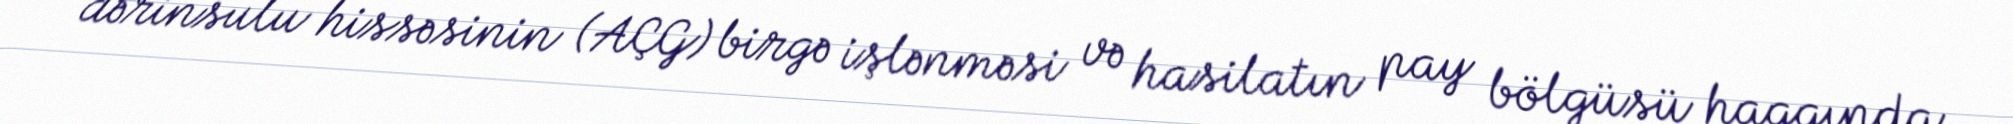
dərinsulu hissəsinin (AÇG) birgə işlənməsi və hasilatın pay bölgüsü haqqında